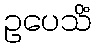
ဥပေသိံ